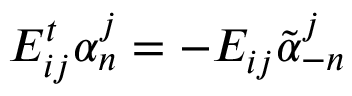
E _ { i j } ^ { t } \alpha _ { n } ^ { j } = - E _ { i j } \tilde { \alpha } _ { - n } ^ { j }